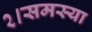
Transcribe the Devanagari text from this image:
२।समस्या